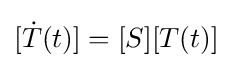
[{\dot {T}}(t)]=[S][T(t)]